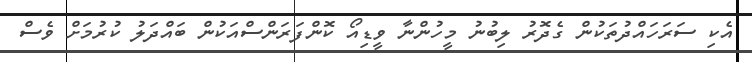
އެކި ސަރަހައްދުތަކުން ގެދޮރު ލިބުނު މީހުންނާ ވީޑިއޯ ކޮންފަރަންސްއަކުން ބައްދަލު ކުރުމަށް ވެސް